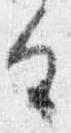
具